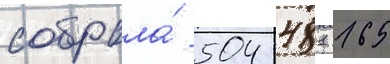
собрала́ 504 481 165